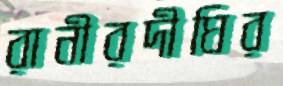
রানীরদীঘির